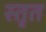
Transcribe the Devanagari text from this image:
स्तृत